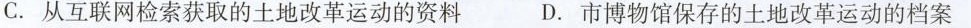
C.从互联网检索获取的土地改革运动的资料 D.市博物馆保存的土地改革运动的档案